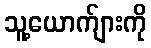
သူ့ယောက်ျားကို